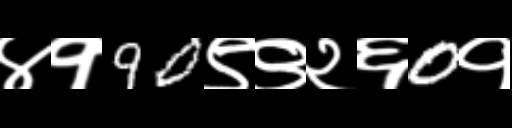
Text: ४१90९९२६0१